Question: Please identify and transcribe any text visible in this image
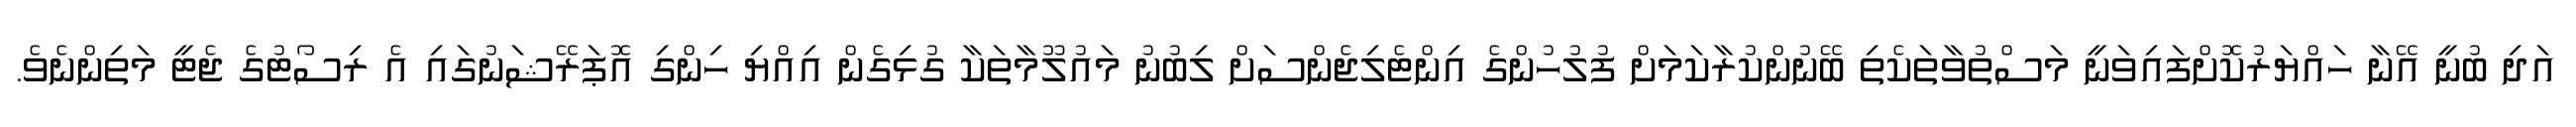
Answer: އަދި ބުނީ އޭނާ ހައްޔަރުކޮށްފައިވަނީ މަސްތުވާތަކެތި ބޭނުންކުރާކަމަށް ފުލުހުންގެ އިންޓެލިޖެންސަށް ލިބުނު މައުލޫމާތަކާ ގުޅިގެން އިއްޔި ހިންގި އޮޕަރޭޝަނުގައި އެ ރިސޯޓުގެ ޖެޓީ މަތިންނެވެ.